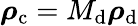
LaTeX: \boldsymbol{\mathbf{\rho}}_{\mathrm{c}}=M_{\mathrm{d}}\boldsymbol{\mathbf{\rho}}_{\mathrm{d}}